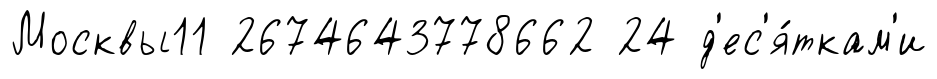
Москвы11 2674643778662 24 д'ес'я́ткам'и